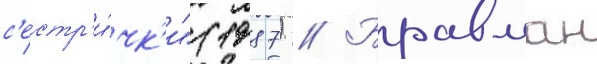
с'естр'и́чк'и" (1987) // Бравман